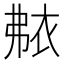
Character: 𬡐